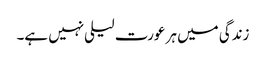
زندگی میں ہر عورت لیلی نہیں ہے۔